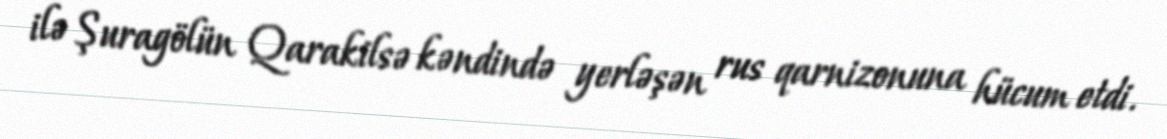
ilə Şuragölün Qarakilsə kəndində yerləşən rus qarnizonuna hücum etdi.